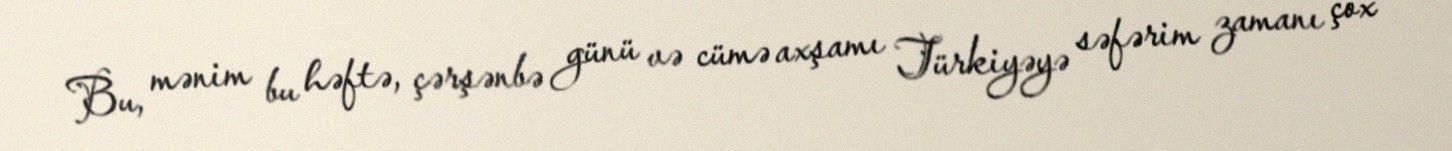
Bu, mənim bu həftə, çərşənbə günü və cümə axşamı Türkiyəyə səfərim zamanı çox